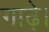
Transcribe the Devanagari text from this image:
गाढ़े।